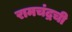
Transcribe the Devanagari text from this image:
रामचंद्रची